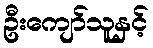
ဦးကျော်သူနှင့်